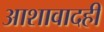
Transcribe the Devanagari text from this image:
आशावादही